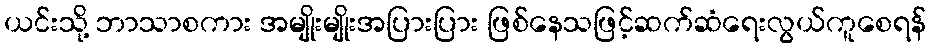
ယင်းသို့ ဘာသာစကား အမျိုးမျိုးအပြားပြား ဖြစ်နေသဖြင့်ဆက်ဆံရေးလွယ်ကူစေရန်